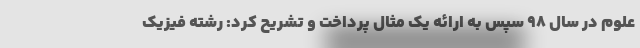
علوم در سال ۹۸ سپس به ارائه یک مثال پرداخت و تشریح کرد: رشته فیزیک